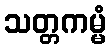
သတ္တကမ္မံ